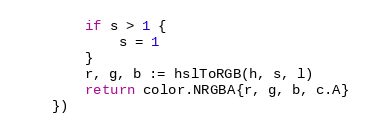
Language: Go
		if s > 1 {
			s = 1
		}
		r, g, b := hslToRGB(h, s, l)
		return color.NRGBA{r, g, b, c.A}
	})